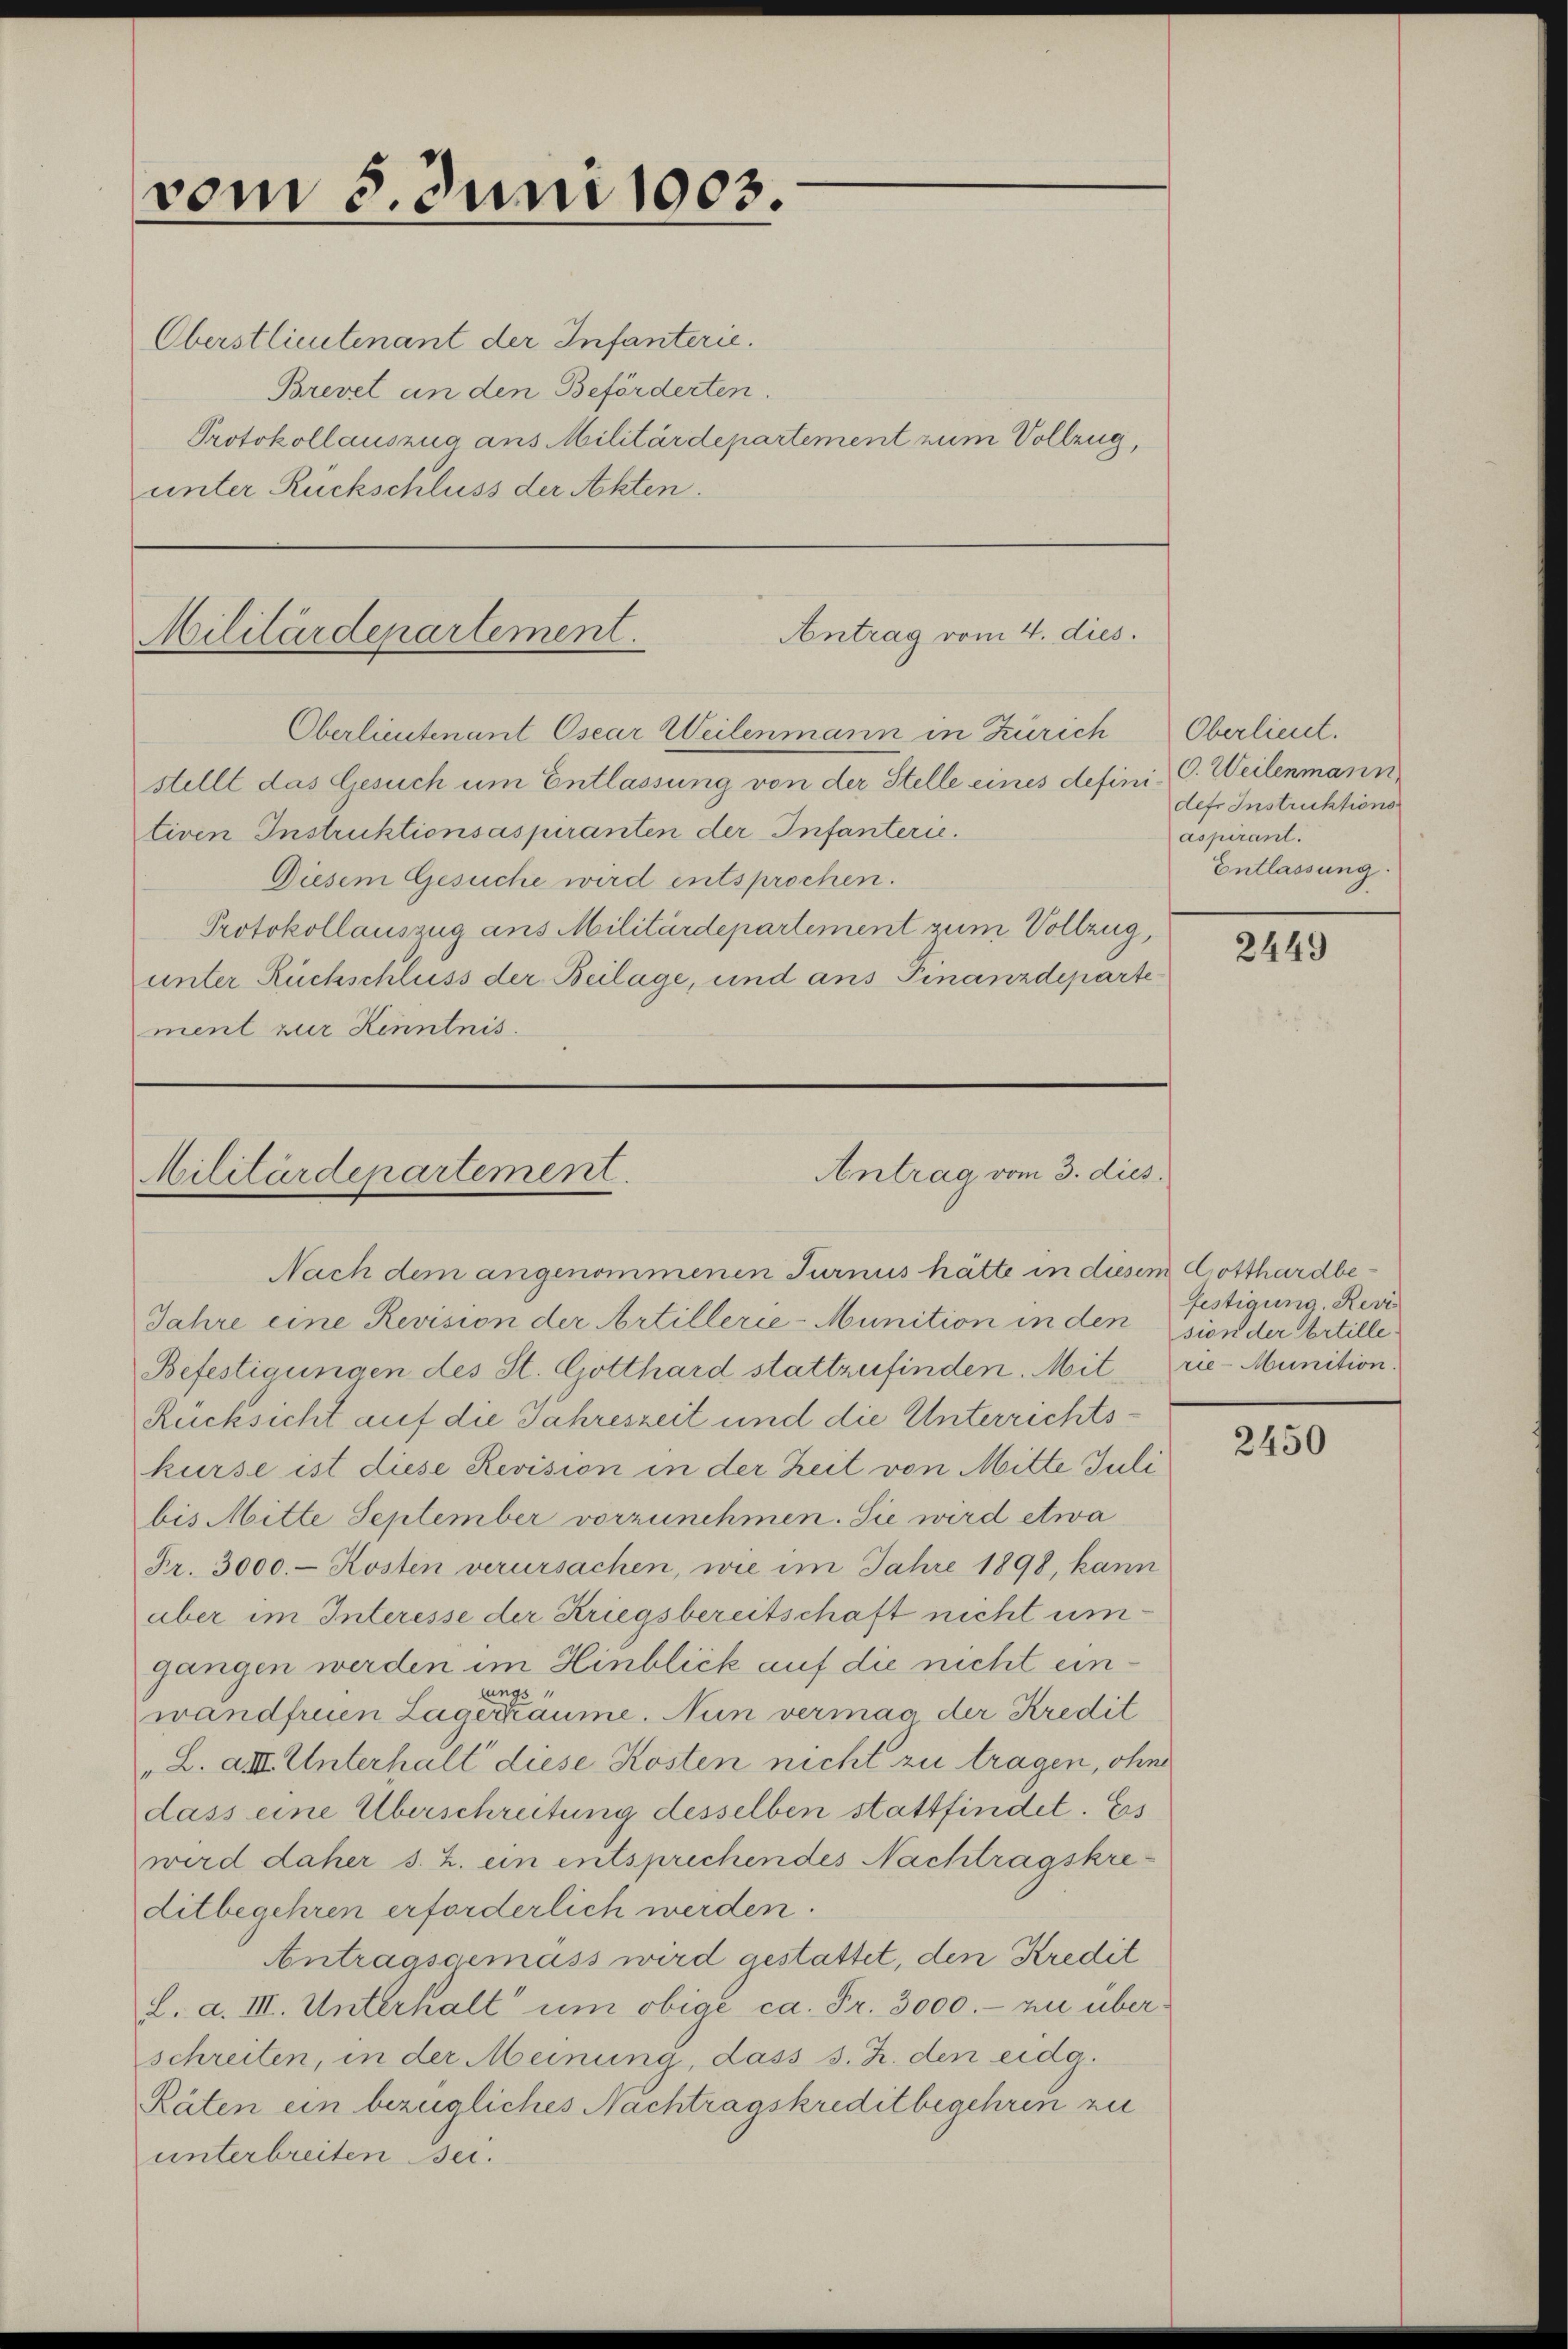
vom 3. Juni 1903.

Oberstlieutenant der Infanterie.
Brevet an den Beförderten.
Protokollauszug aus Militärdepartement zum Vollzug,
unter Ruckschluss der Akten.

Antrag vom 4. dies.
Militärdepartement.

stellt das Gesuch um Entlassung von der Stelle eines defini C. Weilenmann
tiven Instruktionsaspiranten der Infanterie.
Diesem Gesuche wird entsprochen.
Protokollauszug ans Militärdepartement zum Vollzug,
unter Rückschluss der Beilage, und ans Finanzdeparte
ment zur Kenntnis.

Oberlieutenant Osear Weilenmann in Zürich Oberlieut.

Antrag vom 3. dies
Militärdepartement.
Nach dem angenommenen Turnus hätte in diesem Gotthardbe¬

defr Instruktions
aspirant.
Entlassung.

Jahre eine Revision der Artillerie-Munition in den
Befestigungen des St. Gotthard stattzufinden. Mitrie-Munition
Rücksicht auf die Jahreszeit und die Unterrichtskurse ist diese Revision in der Zeit von Mitte Juli
bis Mitte September vorzunehmen. Sie wird etwa
Fr. 3000. - Kosten verursachen, wie im Jahre 1898, kann
aber im Interesse der Kriegsbereitschaft nicht umgangen werden im Hinblick auf die nicht einlungs
wandfreuen Lageräume. Nun vermag der Kredit
"L. XIII. Unterhalt diese Kosten nicht zu tragen, ohne
dass eine Überschreitung desselben stattfindet. Ess
wird daher s. Z. ein entsprechendes Nachtragskreditbegehren erforderlich werden.
Antragsgemäss wird gestattet, den Kredit
L. a. III. Unterhalt um obige ca. Fr. 3000.- zu über
schreiten, in der Meinung, dass s. Z. den eidg.
Räten ein bezügliches Nachtragskreditbegehren zu
unterbreiten sei.

2449

festigung. Revi
sion der Artille.

2450